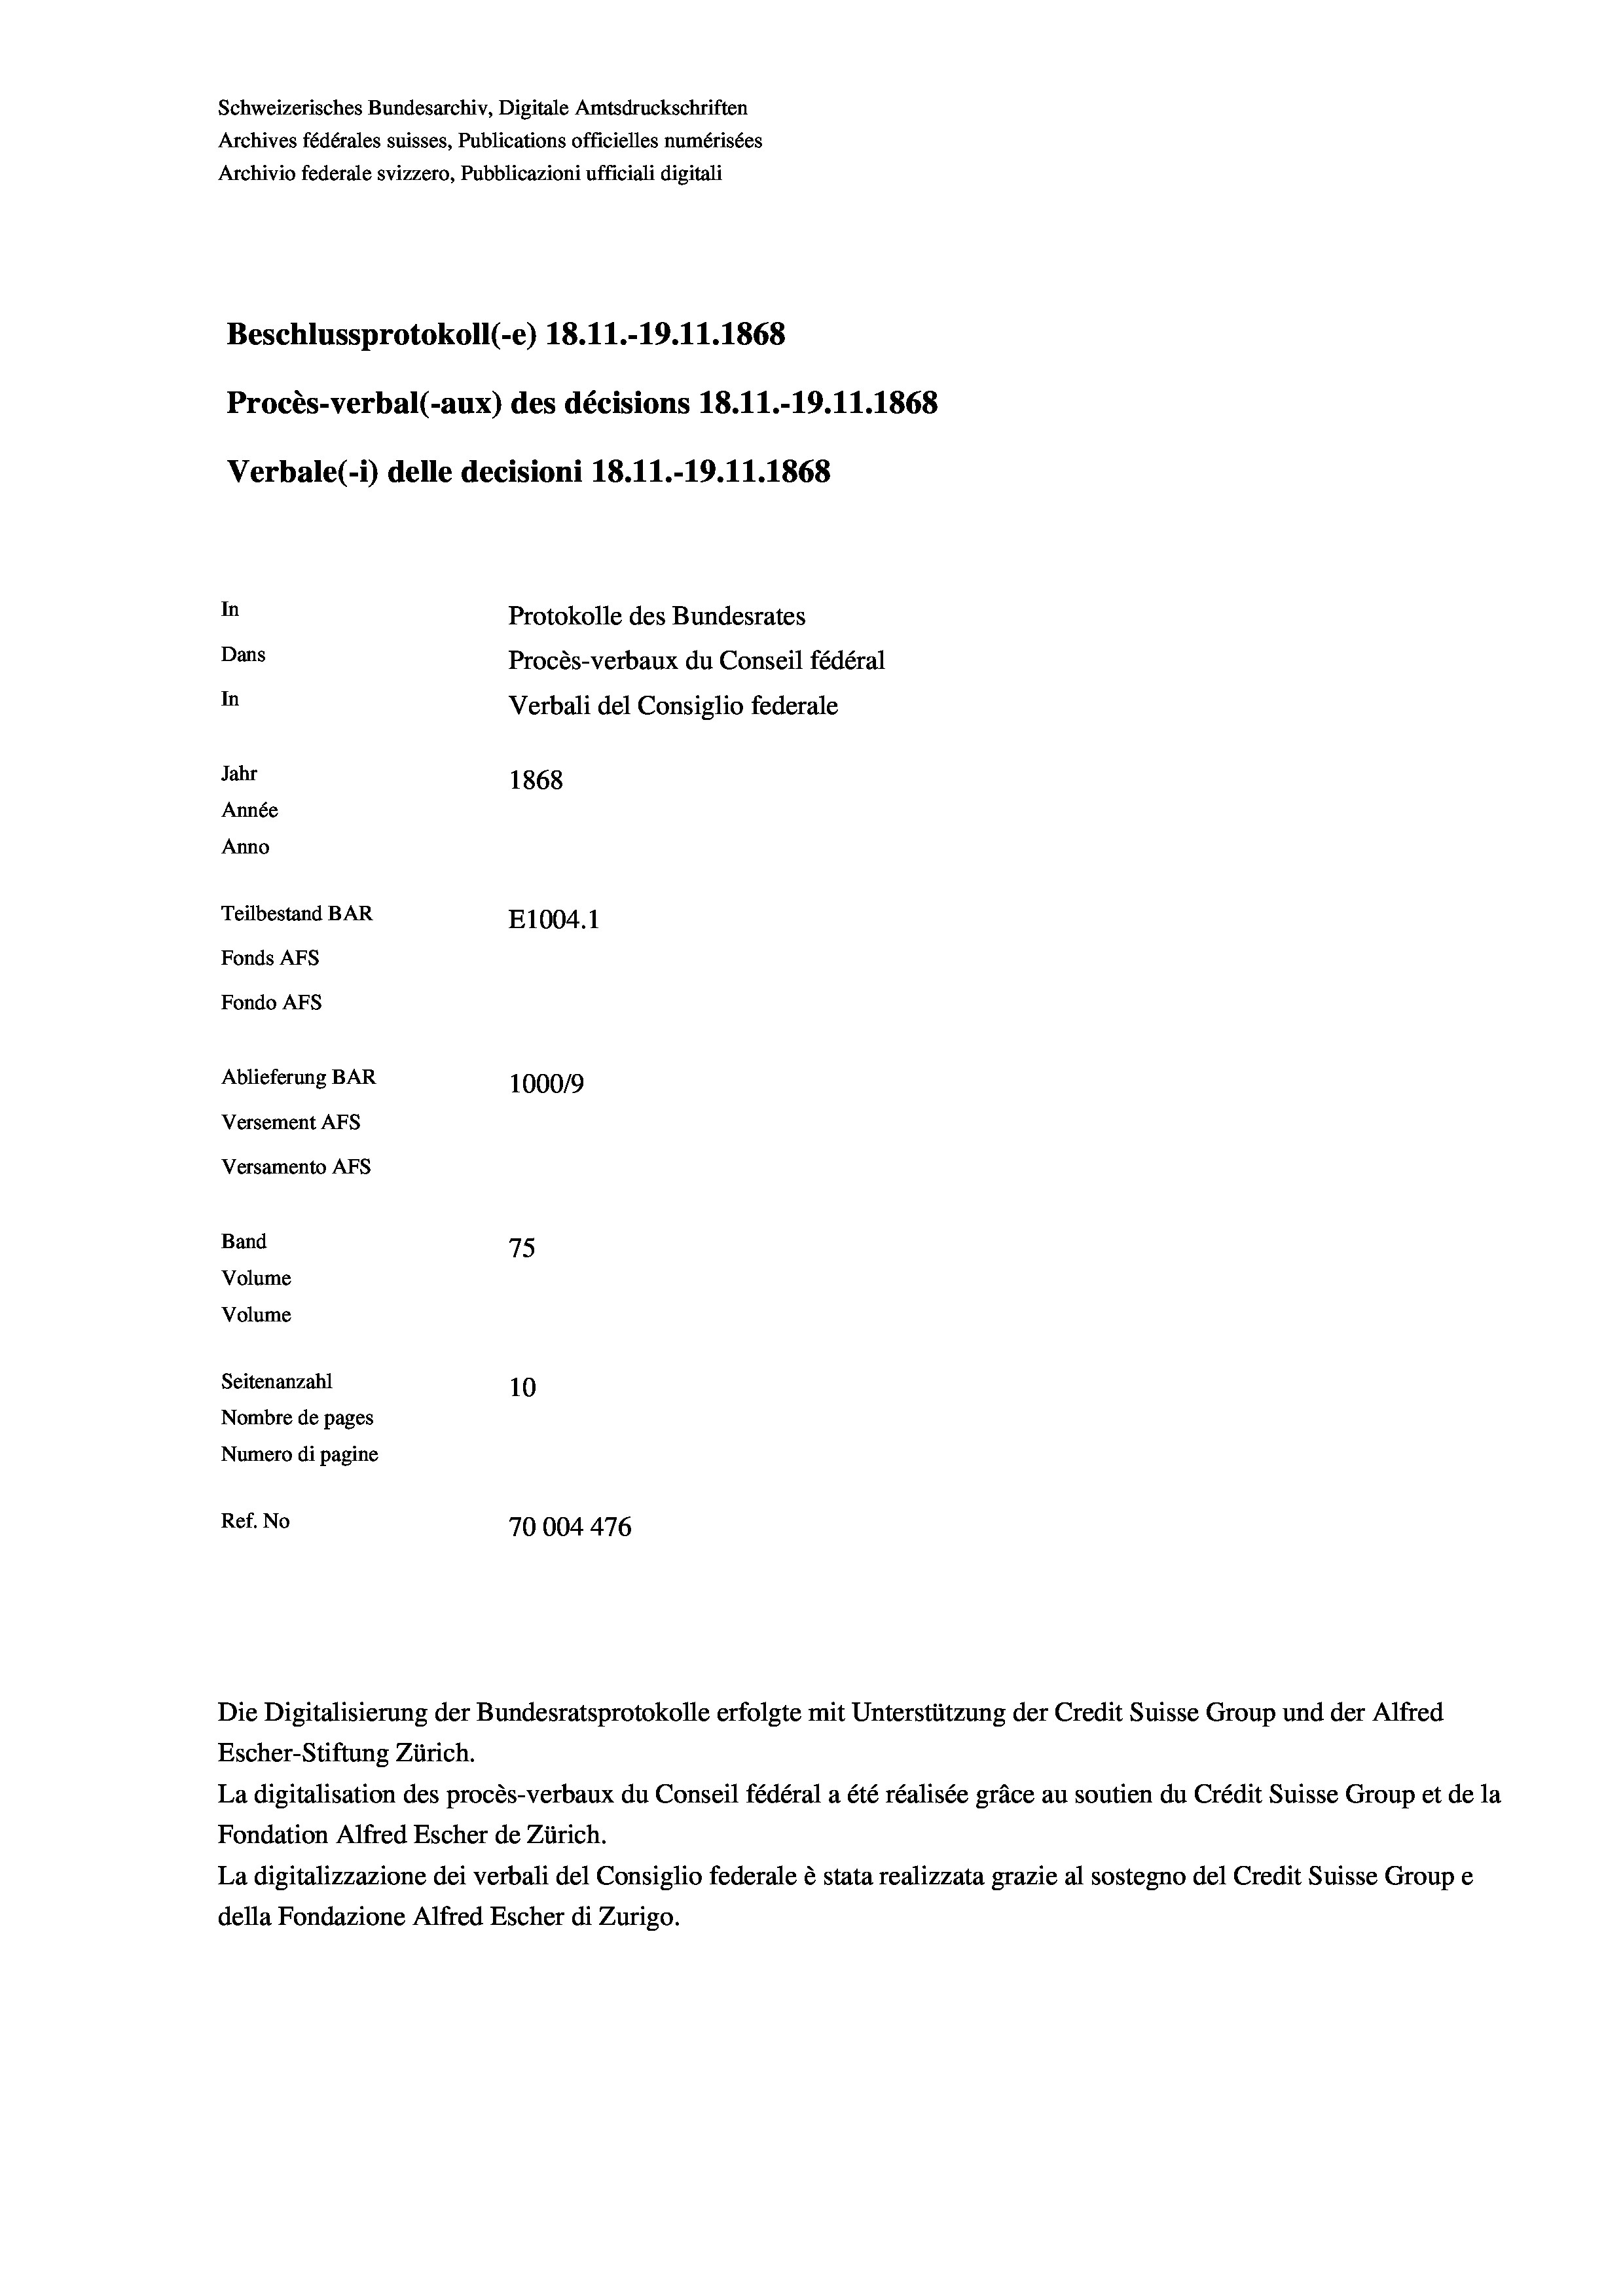
Schweizerisches Bundesarchiv, Digitale Amtsdruckschriften
Archives fédérales suisses, Publications officielles numérisées
Archivio federale svizzero, Pubblicazioni ufficiali digitali
Beschlussprotokoll (-e) 18.11.-19.11.1868
Procès-verbal (-aux) des décisions 18.11.-19.11.1868
Verbale(*) delle decisioni 18.11.-19.11.1868
In
Protokolle des Bundesrates
Dans
Procès-verbaux du Conseil fédéral
In
Verbali del Consiglio federale
Jahr
1868
Année
Anno
Teilbestand BAR
E1004. 1
Fonds AFs
Fondo AFS
Ablieferung BAR
100019
Versement AFs
Versamento Afs
Band
75

Seitenanzahl
10
Nombre de pages
Numero di pagine
Ref. No
70004 476

Volume
Volume

Die Digitalisierung der Bundesratsprotokolle erfolgte mit Unterstützung der Credit Suisse Group und der Alfred
Escher-Stiftung Zürich.
La digitalisation des procès-verbaux du Conseil fédéral a été réalisée gräce au soutien du Crédit Suisse Group et de la
Fondation Alfred Escher de Zürich.
La digitalizzazione dei verbali del Consiglio federale è stata realizzata grazie al sostegno del Credit Suisse Groupe
della Fondazione Alfred Escher di Zurigo.